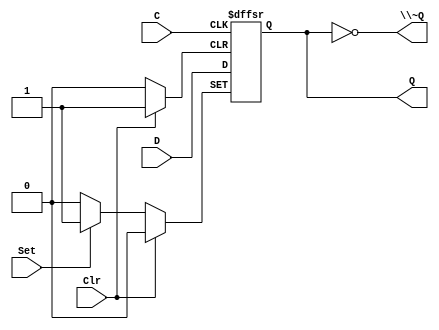
/*
 * Generated by Digital. Don't modify this file!
 * Any changes will be lost if this file is regenerated.
 */

module DIG_D_FF_AS_1bit
#(
    parameter Default = 0
)
(
   input Set,
   input D,
   input C,
   input Clr,
   output Q,
   output \~Q
);
    reg state;

    assign Q = state;
    assign \~Q  = ~state;

    always @ (posedge C or posedge Clr or posedge Set)
    begin
        if (Set)
            state <= 1'b1;
        else if (Clr)
            state <= 'h0;
        else
            state <= D;
    end

    initial begin
        state = Default;
    end
endmodule

module nlprg8 (
  input ck,
  input rst,
  output [7:0] o
);
  wire o0;
  wire o1;
  wire o2;
  wire o3;
  wire o4;
  wire o5;
  wire o6;
  wire o7;
  wire s0;
  wire s1;
  wire s2;
  wire s3;
  DIG_D_FF_AS_1bit #(
    .Default(0)
  )
  DIG_D_FF_AS_1bit_i0 (
    .Set( 1'b0 ),
    .D( s0 ),
    .C( ck ),
    .Clr( rst ),
    .Q( o0 )
  );
  DIG_D_FF_AS_1bit #(
    .Default(0)
  )
  DIG_D_FF_AS_1bit_i1 (
    .Set( 1'b0 ),
    .D( s1 ),
    .C( ck ),
    .Clr( rst ),
    .Q( o2 )
  );
  DIG_D_FF_AS_1bit #(
    .Default(0)
  )
  DIG_D_FF_AS_1bit_i2 (
    .Set( 1'b0 ),
    .D( s2 ),
    .C( ck ),
    .Clr( rst ),
    .Q( o1 )
  );
  DIG_D_FF_AS_1bit #(
    .Default(0)
  )
  DIG_D_FF_AS_1bit_i3 (
    .Set( 1'b0 ),
    .D( s3 ),
    .C( ck ),
    .Clr( rst ),
    .Q( o3 )
  );
  DIG_D_FF_AS_1bit #(
    .Default(0)
  )
  DIG_D_FF_AS_1bit_i4 (
    .Set( 1'b0 ),
    .D( o3 ),
    .C( ck ),
    .Clr( rst ),
    .Q( o4 )
  );
  DIG_D_FF_AS_1bit #(
    .Default(0)
  )
  DIG_D_FF_AS_1bit_i5 (
    .Set( 1'b0 ),
    .D( o4 ),
    .C( ck ),
    .Clr( rst ),
    .Q( o5 )
  );
  DIG_D_FF_AS_1bit #(
    .Default(0)
  )
  DIG_D_FF_AS_1bit_i6 (
    .Set( 1'b0 ),
    .D( o5 ),
    .C( ck ),
    .Clr( rst ),
    .Q( o6 )
  );
  DIG_D_FF_AS_1bit #(
    .Default(0)
  )
  DIG_D_FF_AS_1bit_i7 (
    .Set( 1'b0 ),
    .D( o6 ),
    .C( ck ),
    .Clr( rst ),
    .Q( o7 )
  );
  assign o[0] = o0;
  assign o[1] = o1;
  assign o[2] = o2;
  assign o[3] = o3;
  assign o[4] = o4;
  assign o[5] = o5;
  assign o[6] = o6;
  assign o[7] = o7;
  assign s0 = ~ ((o6 ^ o7) ^ o3);
  assign s2 = ((o4 ^ o5) ^ o0);
  assign s1 = ((o3 ^ o6) ^ o1);
  assign s3 = (~ (o3 ^ o2) ^ ((o1 & o0) & ((~ (o7 | o6) & ~ (o5 | o4)) & ~ o3)));
endmodule